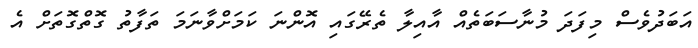
އަބަދުވެސް މިފަދަ މުނާސަބަތެއް އާއިލާ ތެރޭގައި އޮންނަ ކަމަށްވާނަމަ ތަފާތު ގޮތްގޮތަށް އެ